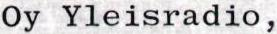
Oy Yleisradio,